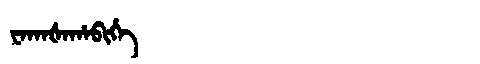
Manchu: ᠸᠠᡴᠠᡧᠠᡥᠠᠪᡳᡥᡝ
Romanization: WAKAŠAHABIHE